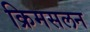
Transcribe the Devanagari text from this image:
क्रिमसलन